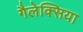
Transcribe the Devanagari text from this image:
गैलेक्सिया